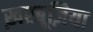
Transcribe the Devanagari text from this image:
ख़रबूज़िया